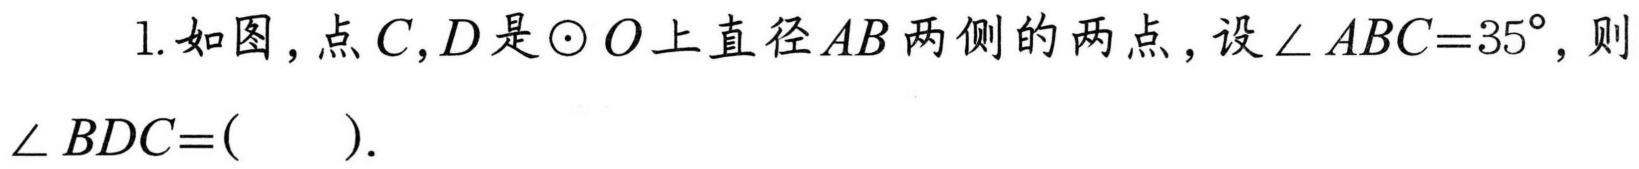
1.如图，点$C,D$是$\odot O$上直径$AB$两侧的两点，设$\angle ABC = 35^{\circ}$，则$\angle BDC=(\ \ \ \ \ )$.